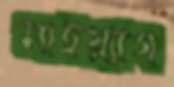
মাইয়্যাগ